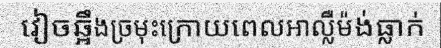
វៀចឆ្អឹងច្រមុះក្រោយពេលអាល្លឺម៉ង់ធ្លាក់